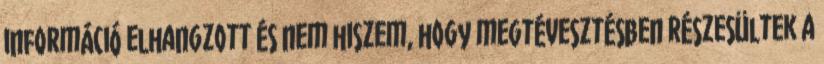
információ elhangzott és nem hiszem, hogy megtévesztésben részesültek a